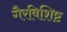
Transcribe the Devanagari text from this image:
गैरविशिष्ट